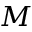
M